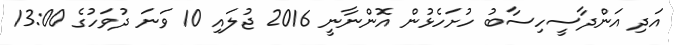
އަދި އަންދާސީހިސާބު ހުށަހެޅުން އޮންނާނީ 2016 ޖުލައި 10 ވަނަ ދުވަހުގެ 13:00